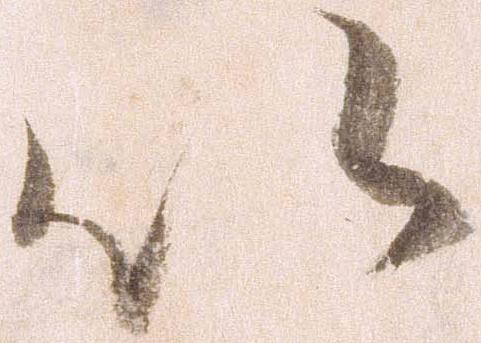
以